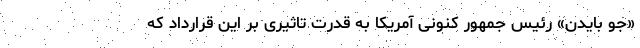
«جو بایدن» رئیس جمهور کنونی آمریکا به قدرت تاثیری بر این قرارداد که